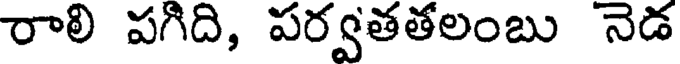
రాలి పగిది, పర్వతతలంబు నెడ